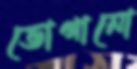
ভোগানো